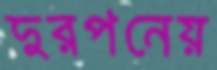
দুরপনেয়